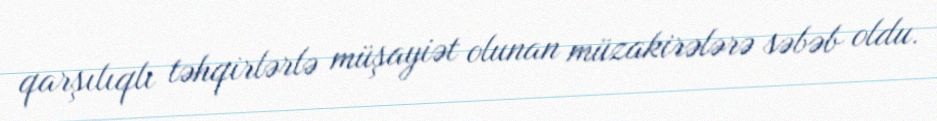
qarşılıqlı təhqirlərlə müşayiət olunan müzakirələrə səbəb oldu.